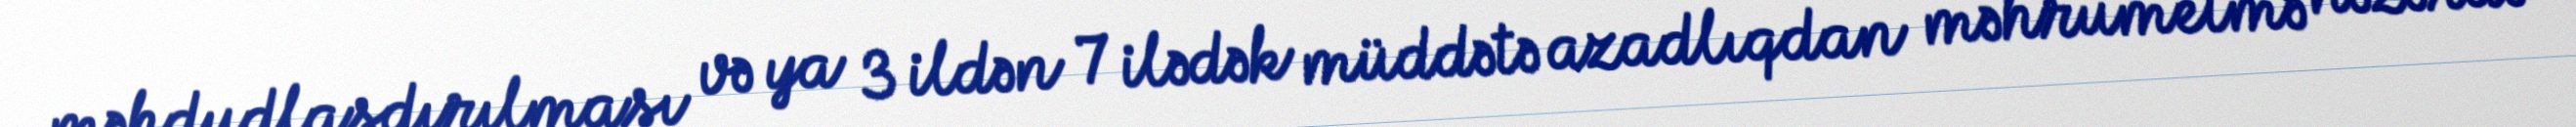
məhdudlaşdırılması və ya 3 ildən 7 ilədək müddətə azadlıqdan məhrumetmə nəzərdə